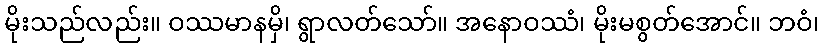
မိုးသည်လည်း။ ဝဿမာနမှိ၊ ရွာလတ်သော်။ အနောဝဿံ၊ မိုးမစွတ်အောင်။ ဘဝံ၊